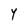
Character: l